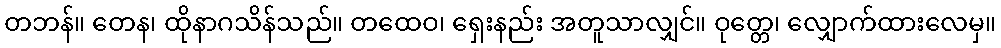
တဘန်။ တေန၊ ထိုနာဂသိန်သည်။ တထေဝ၊ ရှေးနည်း အတူသာလျှင်။ ဝုတ္တေ၊ လျှောက်ထားလေမှ။